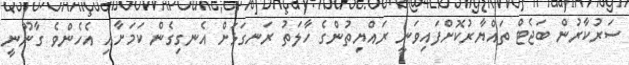
ސަރުކާރުން ބަޖެޓް ތައްޔާރުކޮށްފައިވަނީ ރައްޔިތުންގެ ހާލަތު ރަނގަޅަށް އެނގިގެން ކަމަށާއި އެހެންވެ ގާނޫނީ